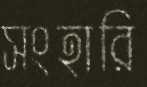
সংহারি